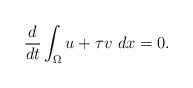
LaTeX: \begin{align*} \frac{d}{dt}\int_\Omega u+\tau v\ dx=0. \end{align*}